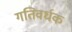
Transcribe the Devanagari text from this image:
गतिवर्धक